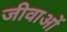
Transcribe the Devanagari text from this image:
जीवाओं